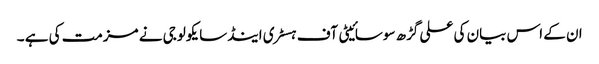
ان کے اس بیان کی علی گڑھ سوسائیٹی آف ہسٹری اینڈسایکولوجی نے مزمت کی ہے ۔